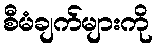
စီမံချက်များကို